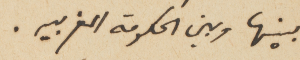
بينها وبين الحكومة المغربيه.